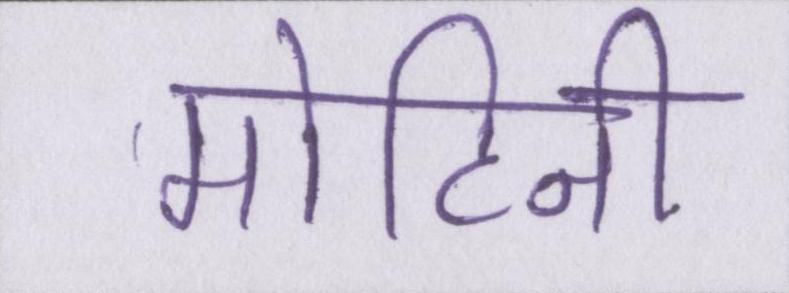
मोहिनी